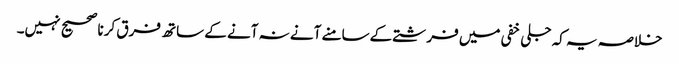
خلاصہ یہ کہ جلی خفی میں فرشتے کےسامنے آنے نہ آنے کے ساتھ فرق کرنا صحیح نہیں۔